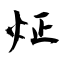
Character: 炡